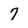
Character: 7